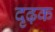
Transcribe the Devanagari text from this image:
दृढ़क